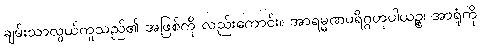
ချမ်းသာလွယ်ကူသည်၏ အဖြစ်ကို လည်းကောင်း။ အာရမ္မဏပရိဂ္ဂဟုပါယဉ္စ၊ အာရုံကို